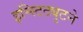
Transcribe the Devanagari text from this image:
इन्स्टिट्युटने